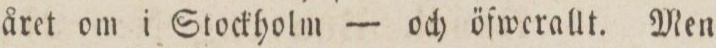
året om i Stockholm — och öfwerallt. Men